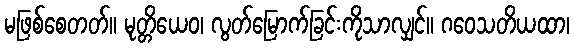
မဖြစ်စေတတ်။ မုတ္တိယေဝ၊ လွတ်မြောက်ခြင်းကိုသာလျှင်။ ဂဝေသတိယထာ၊